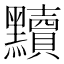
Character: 黷